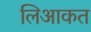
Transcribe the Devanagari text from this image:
लिआकत